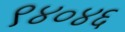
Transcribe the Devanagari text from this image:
९४०४६